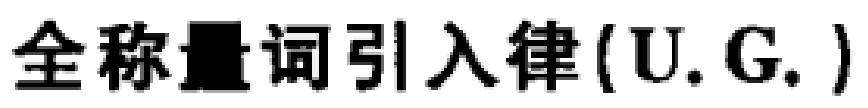
全称量词引入律(U.G.)